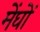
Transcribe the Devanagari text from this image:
मेंघों